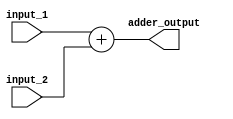
module adder (
 input [31:0] input_1, input_2,
 output reg [31:0] adder_output
);

always @(*) begin
    adder_output = input_1 + input_2;
end
endmodule